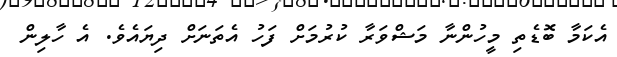
އެކަމާ ބޮޑެތި މީހުންނާ މަޝްވަރާ ކުރުމަށް ފަހު އެތަނަށް ދިޔައެވެ. އެ ހާލިން